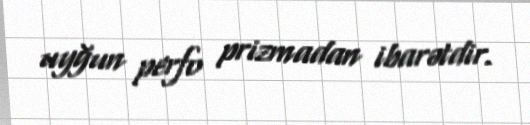
uyğun perfo prizmadan ibarətdir.